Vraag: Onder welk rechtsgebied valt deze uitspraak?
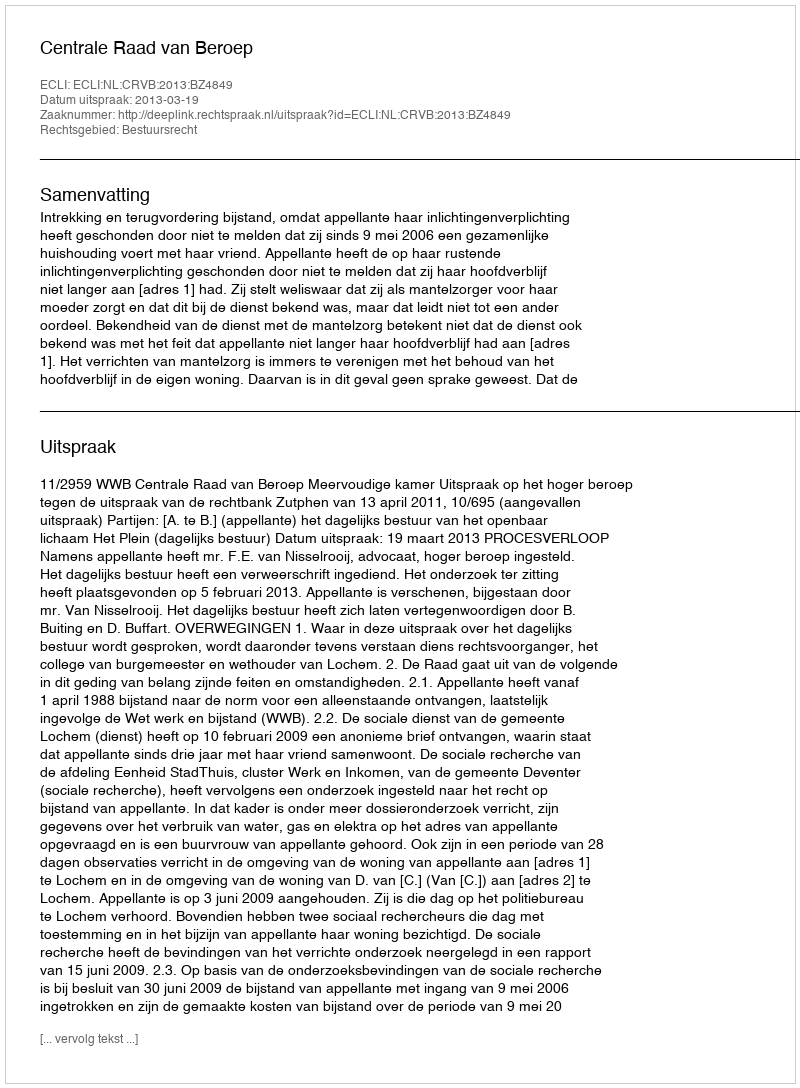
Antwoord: Bestuursrecht